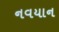
નવયાન